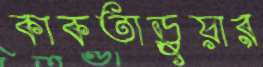
কাকতাড়ুয়ার